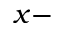
x -